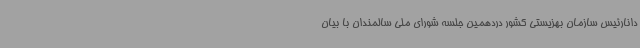
‌دانارئیس سازمان بهزیستی کشور دردهمین جلسه شورای ملی سالمندان با بیان